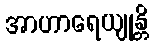
အာဟာရေယျုန္တိ